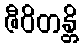
ဇီဝိတန္တိ